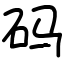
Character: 码